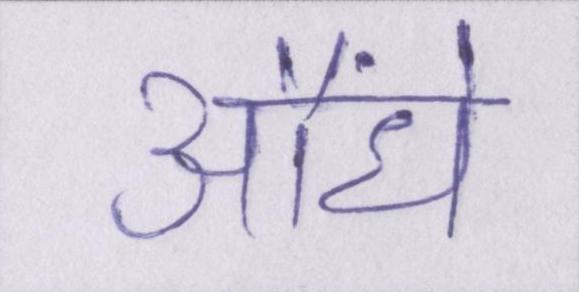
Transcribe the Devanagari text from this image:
औंधे